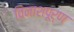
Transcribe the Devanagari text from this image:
विनाशपूर्ण